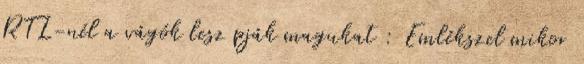
RTL-nél a vágók lesz pják magukat : Emlékszel mikor